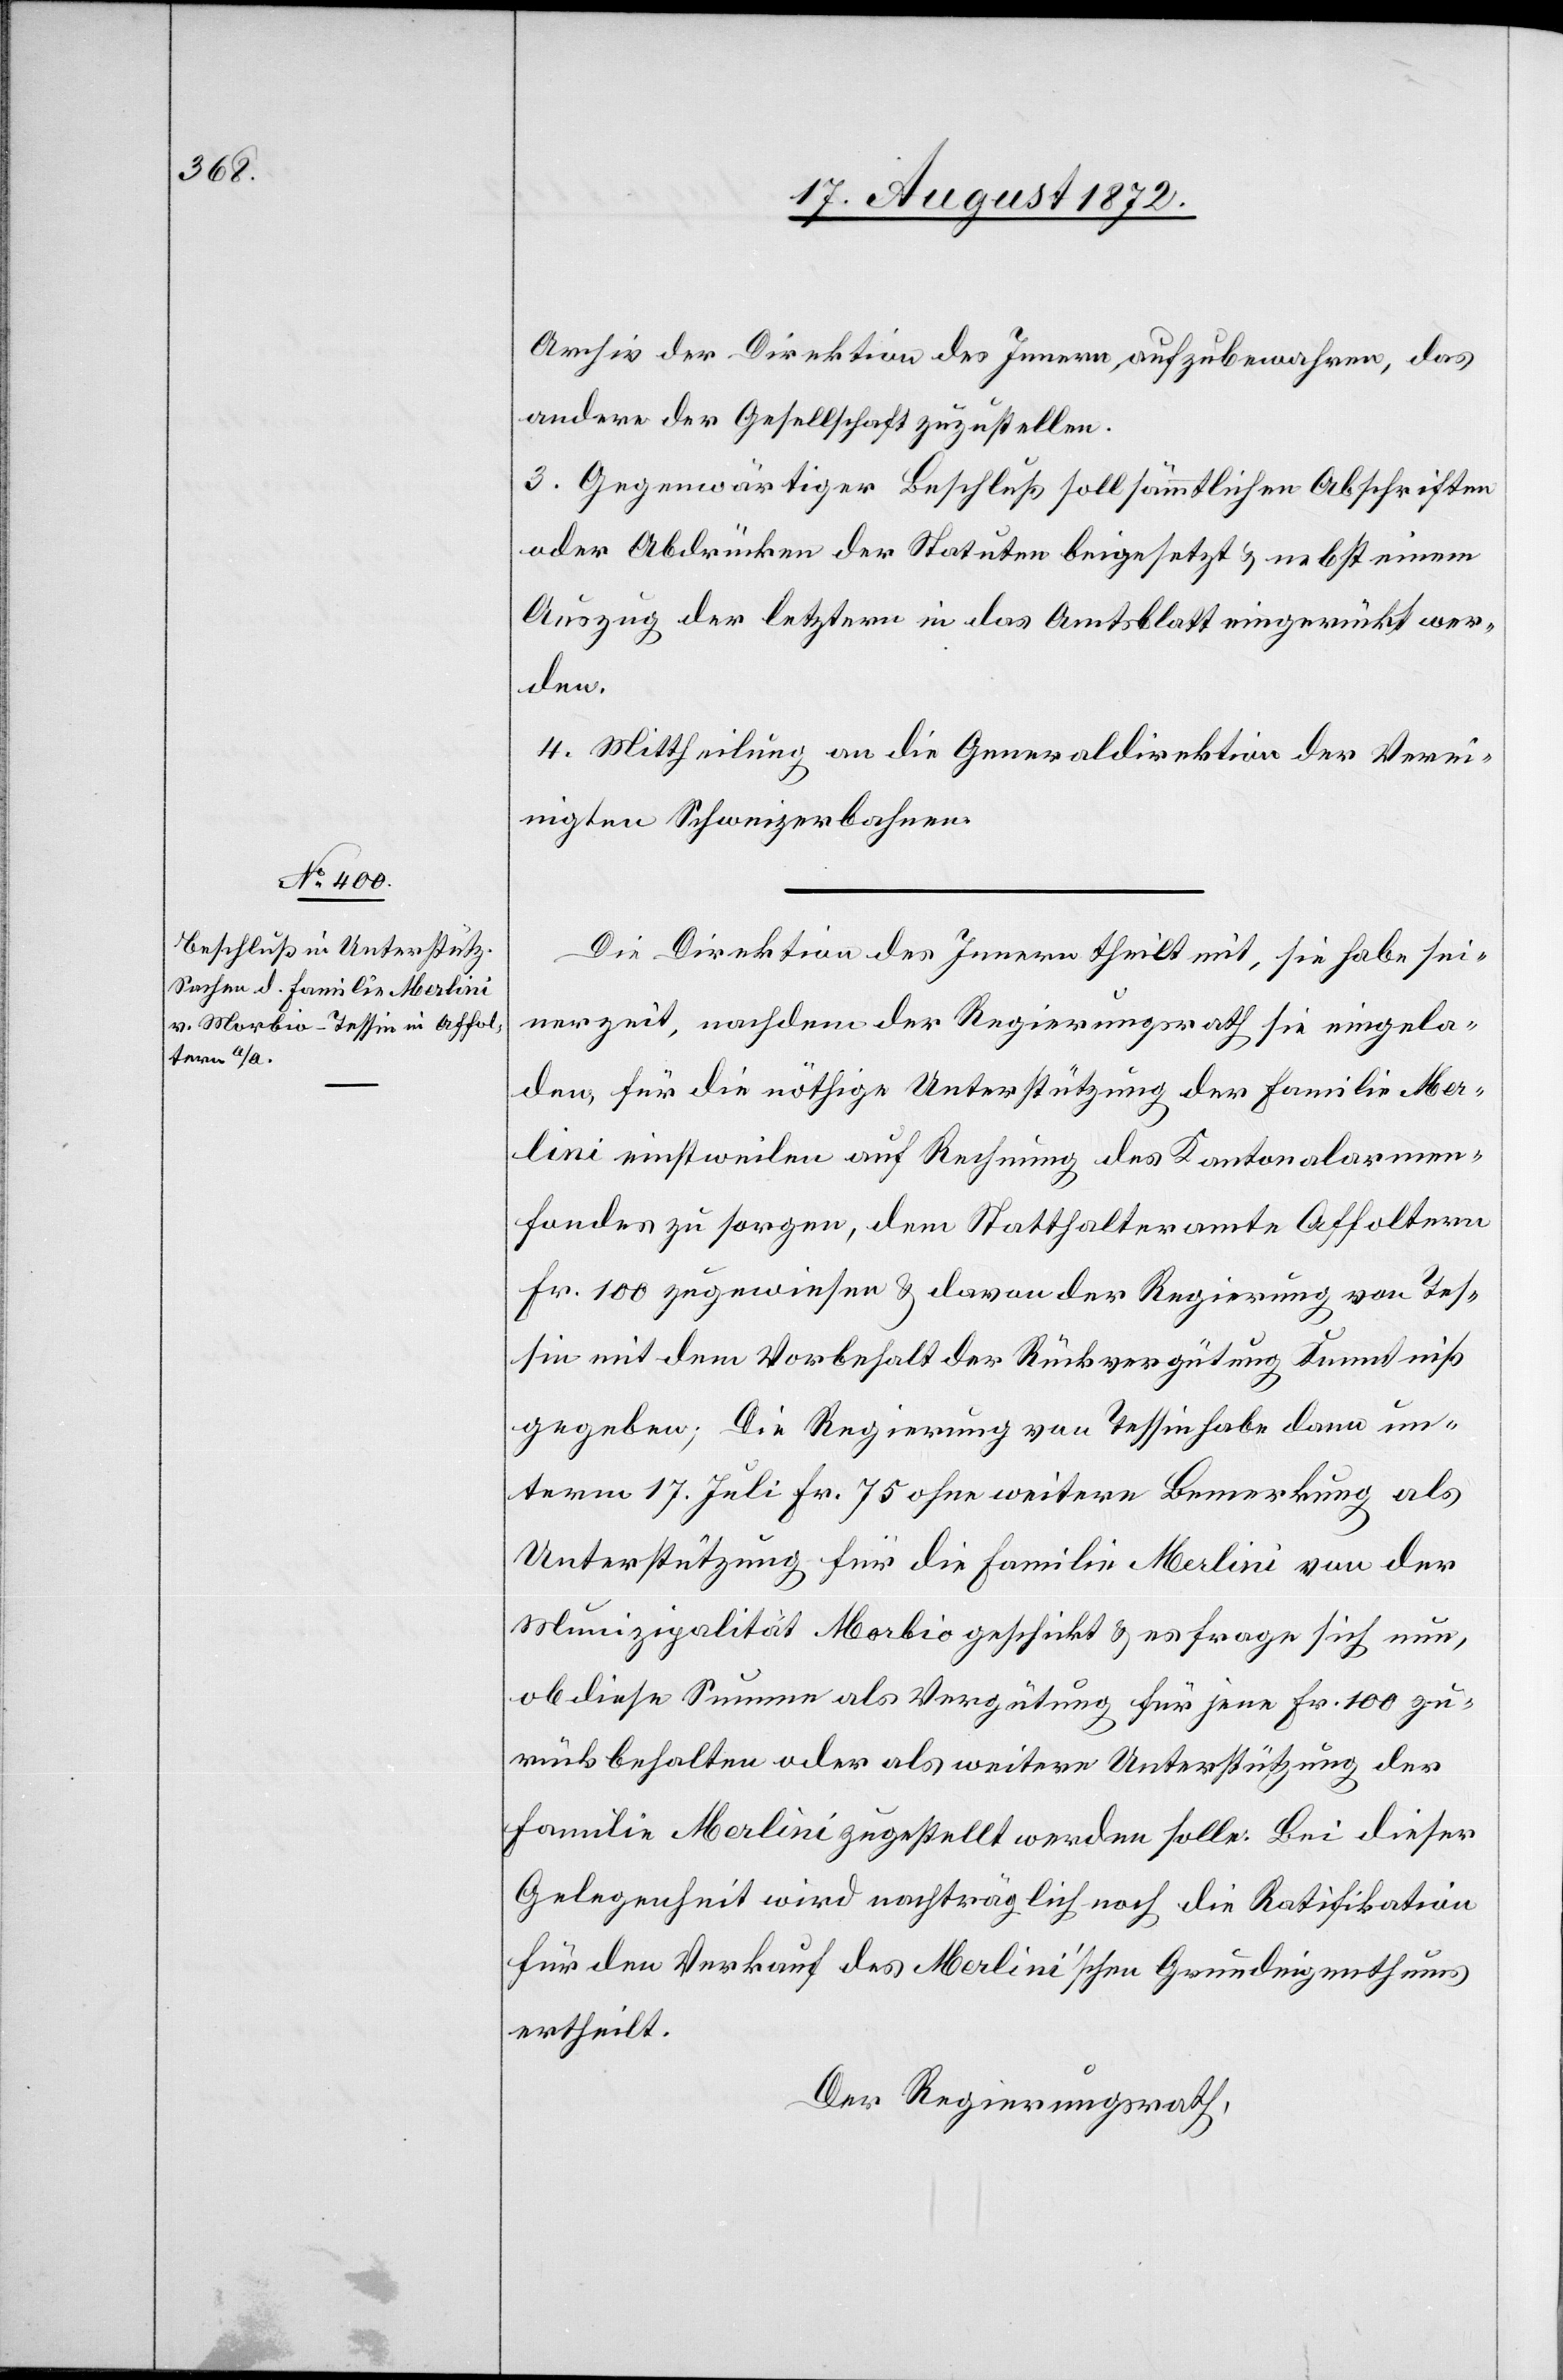
Archiv der Direktion des Innern aufzubewahren, das
andere der Gesellschaft zuzustellen.
3. Gegenwärtiger Beschluß soll sämmtlichen Abschriften
oder Abdrücken der Statuten beigesetzt u. nebst einem
Auszug der letztern in das Amtsblatt eingerückt wer¬
den.
4. Mittheilung an die Generaldirektion der Verei¬
nigten Schweizerbahnen.
Die Direktion des Innern theilt mit, sie habe sei¬
nerzeit, nachdem der Regierungsrath sie eingela¬
den, für die nöthige Unterstützung der Familie Mer¬
lini einstweilen auf Rechnung des Kantonalarmen¬
fondes zu sorgen, dem Statthalteramte Affoltern
Fr. 100 zugewiesen u. darvon der Regierung von Tes¬
sin mit dem Vorbehalt der Rückvergütung Kenntniß
gegeben; Die Regierung von Tessin habe dann un¬
term 17. Juli Fr. 75 ohne weitere Bemerkung als
Unterstützung für die Familie Merlini von der
Munizipalität Morbio geschickt u. es frage sich nun,
ob diese Summe als Vergütung für jene Fr. 100 zu¬
rückbehalten oder als weitere Unterstützung der
Familie Merlini zugestellt werden solle. Bei dieser
Gelegenheit wird nachträglich noch die Ratifikation
für den Verkauf des Merlini’schen Grundeigenthums
ertheilt.
Der Regierungsrath,